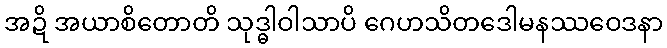
အဍိ အယာစိတောတိ သုဒ္ဓါဝါသာပိ ဂေဟသိတဒေါမနဿဝေဒနာ